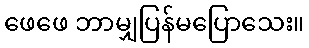
ဖေဖေ ဘာမျှပြန်မပြောသေး။